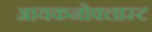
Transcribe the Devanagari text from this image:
आयकनोक्लास्ट